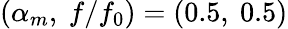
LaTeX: (\alpha_{m},\ f/f_{0})=(0.5,\ 0.5)